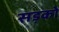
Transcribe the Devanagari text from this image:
सड़को़